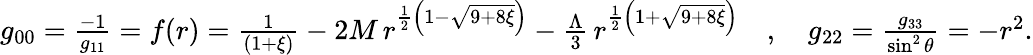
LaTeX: \begin{array}{r}{g_{00}=\frac{-1}{g_{11}}=f(r)=\frac{1}{\left(1+\xi\right)}-2M\, r^{\frac{1}{2}\left(1-\sqrt{9+8\xi}\right)}-\frac{\Lambda}{3}\, r^{\frac{1}{2}\left(1+\sqrt{9+8\xi}\right)}\quad,\quad g_{22}=\frac{g_{33}}{\sin^{2}\theta}=-r^{2}.}\end{array}